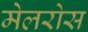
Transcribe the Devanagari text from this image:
मेलरोस